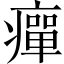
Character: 癉